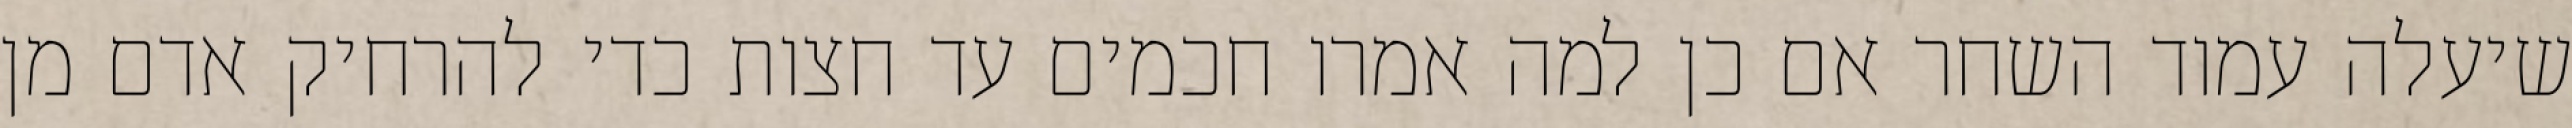
שיעלה עמוד השחר אם כן למה אמרו חכמים עד חצות כדי להרחיק אדם מן